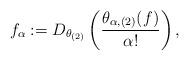
LaTeX: \begin{align*}f_{\alpha}:= D_{\theta_{(2)}}\left( \frac{\theta_{\alpha,(2)}(f)}{\alpha !}\right), \end{align*}